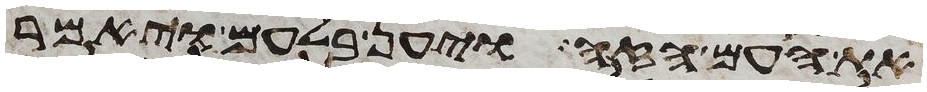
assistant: את העם הזה ויען בלעם ויאמר